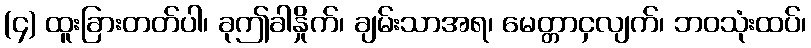
(၄) ထူးခြားတတ်ပါ၊ ခုဤခါနှိုက်၊ ချမ်းသာအရ၊ မေတ္တာငှလျက်၊ ဘဝသုံးထပ်၊